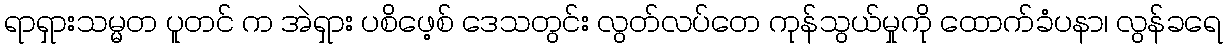
ရာရှားသမ္မတ ပူတင် က အဲရှား ပစိဖေ့စ် ဒေသတွင်း လွတ်လပ်တေ ကုန်သွယ်မှုကို ထောက်ခံပနာ၊ လွန်ခရေ